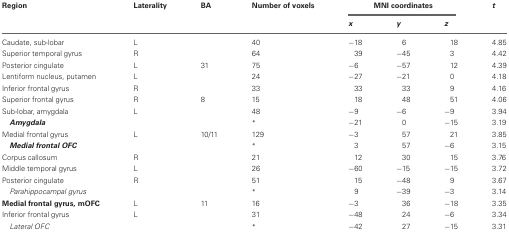
<table><thead><tr><td><b>Region</b></td><td><b>Laterality</b></td><td><b>BA</b></td><td><b>Number of voxels</b></td><td colspan="3"><b>MNI coordinates</b></td><td><b><i>t</i></b></td></tr><tr><td></td><td></td><td></td><td></td><td><b><i>x</i></b></td><td><b><i>y</i></b></td><td><b><i>z</i></b></td><td></td></tr></thead><tbody><tr><td>Caudate, sub-lobar</td><td>L</td><td></td><td>40</td><td>−18</td><td>6</td><td>18</td><td>4.85</td></tr><tr><td>Superior temporal gyrus</td><td>R</td><td></td><td>64</td><td>39</td><td>−45</td><td>3</td><td>4.42</td></tr><tr><td>Posterior cingulate</td><td>L</td><td>31</td><td>75</td><td>−6</td><td>−57</td><td>12</td><td>4.39</td></tr><tr><td>Lentiform nucleus, putamen</td><td>L</td><td></td><td>24</td><td>−27</td><td>−21</td><td>0</td><td>4.18</td></tr><tr><td>Inferior frontal gyrus</td><td>R</td><td></td><td>33</td><td>33</td><td>33</td><td>9</td><td>4.16</td></tr><tr><td>Superior frontal gyrus</td><td>R</td><td>8</td><td>15</td><td>18</td><td>48</td><td>51</td><td>4.06</td></tr><tr><td>Sub-lobar, amygdala</td><td>L</td><td></td><td>48</td><td>−9</td><td>−6</td><td>−9</td><td>3.94</td></tr><tr><td><b><i>Amygdala</i></b></td><td></td><td></td><td><sup>*</sup></td><td>−21</td><td>0</td><td>−15</td><td>3.19</td></tr><tr><td>Medial frontal gyrus</td><td>L</td><td>10/11</td><td>129</td><td>−3</td><td>57</td><td>21</td><td>3.85</td></tr><tr><td><b><i>Medial frontal OFC</i></b></td><td></td><td></td><td><sup>*</sup></td><td>3</td><td>57</td><td>−6</td><td>3.15</td></tr><tr><td>Corpus callosum</td><td>R</td><td></td><td>21</td><td>12</td><td>30</td><td>15</td><td>3.76</td></tr><tr><td>Middle temporal gyrus</td><td>L</td><td></td><td>26</td><td>−60</td><td>−15</td><td>−15</td><td>3.72</td></tr><tr><td>Posterior cingulate</td><td>R</td><td></td><td>51</td><td>15</td><td>−48</td><td>9</td><td>3.67</td></tr><tr><td><i>Parahippocampal gyrus</i></td><td></td><td></td><td><sup>*</sup></td><td>9</td><td>−39</td><td>−3</td><td>3.14</td></tr><tr><td><b>Medial frontal gyrus, mOFC</b></td><td>L</td><td>11</td><td>16</td><td>−3</td><td>36</td><td>−18</td><td>3.35</td></tr><tr><td>Inferior frontal gyrus</td><td>L</td><td></td><td>31</td><td>−48</td><td>24</td><td>−6</td><td>3.34</td></tr><tr><td><i>Lateral OFC</i></td><td></td><td></td><td><sup>*</sup></td><td>−42</td><td>27</td><td>−15</td><td>3.31</td></tr></tbody></table>